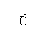
Letter: _kha